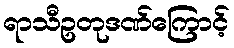
ရာသီဥတုဒဏ်ကြောင့်